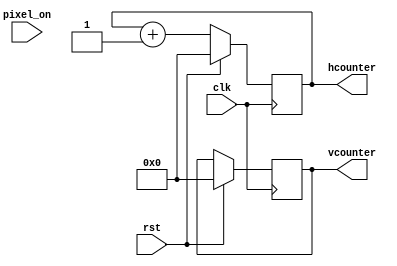
module VgaFake #(
	parameter HMAX = 2048,
	parameter VMAX = 2048
)(
	output reg  [10:0] hcounter,
	output reg  [10:0] vcounter,
	input  wire        pixel_on,

	input  wire       clk,
	input  wire       rst
);

	always @(posedge clk) begin
		if (rst) begin
			hcounter <= 0;
			vcounter <= 0;
		end else if (hcounter == HMAX) begin
			if (pixel_on) begin
				$write("#\n");
			end else begin
				$write(" \n");
			end
			hcounter <= 0;
			if (vcounter == VMAX) begin
				$write("\033[H");
				vcounter <= 0;
			end else begin
				vcounter <= vcounter + 1;
			end
		end else begin
			if (pixel_on) begin
				$write("#");
			end else begin
				$write(" ");
			end
			hcounter <= hcounter + 1;
		end
	end
endmodule